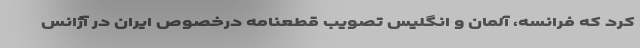
کرد که فرانسه، آلمان و انگلیس تصویب قطعنامه درخصوص ایران در آژانس